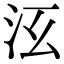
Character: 𣲑